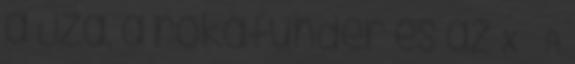
a Liza, a rókatündér és az X – A